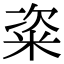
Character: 粢